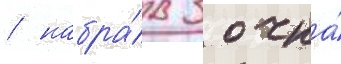
/ набра́в 3 очка́